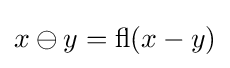
x\ominus y=\operatorname {fl} (x-y)